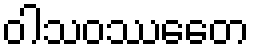
ဝါသဝဿေတေ